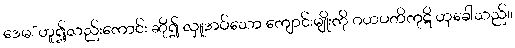
ဒေမ”ဟူ၍လည်းကောင်း ဆို၍ လှူအပ်သော ကျောင်းမျိုးကို ဂဟပတိကုဋိ ဟုခေါ်သည်။